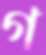
গ